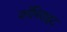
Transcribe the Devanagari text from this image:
कॉपिराइट